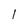
Character: l